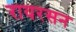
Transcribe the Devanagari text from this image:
रायरसन